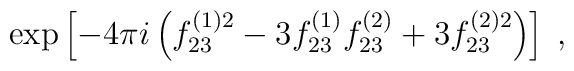
\exp \left[ -4\pi i\left( f_{23}^{(1)2}-3f_{23}^{(1)} f_{23}^{(2)}+3f_{23}^{(2)2} \right)  \right]\;,